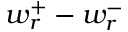
w _ { r } ^ { + } - w _ { r } ^ { - }